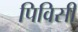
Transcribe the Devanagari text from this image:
पिविसी